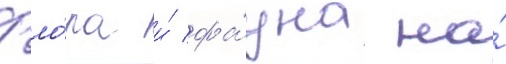
Фло́ра и́ фа́уна на́